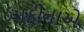
બાકીનાએ